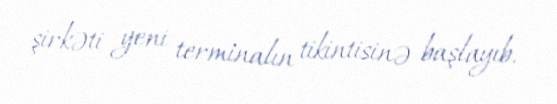
şirkəti yeni terminalın tikintisinə başlayıb.